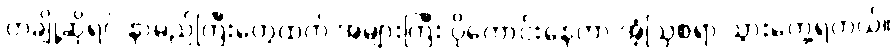
တချို့ဆိုရင် နာမည်ကြီးတွေထက် အများကြီး ပိုကောင်းနေတာ အံ့ဩစရာ သွားတွေ့ရတယ်။